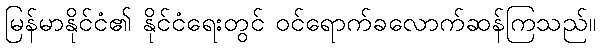
မြန်မာနိုင်ငံ၏ နိုင်ငံရေးတွင် ဝင်ရောက်ခလောက်ဆန်ကြသည်။